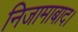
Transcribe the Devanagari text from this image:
निजामाबाद।